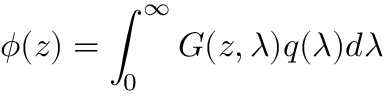
\phi ( z ) = \int _ { 0 } ^ { \infty } G ( z , \lambda ) q ( \lambda ) d \lambda